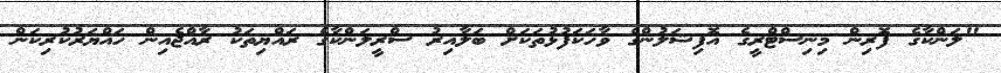
"ލަންކާގެ ފޮރިން މިނިސްޓްރީގެ އޮފިޝަލުންގެ ވާހަކަފުޅުތަކަށް ބަލާއިރު ސްރީލަންކާގެ ރައްޔިތަކު ރާއްޖެއިން ހައްޔަރުކުރިކަން